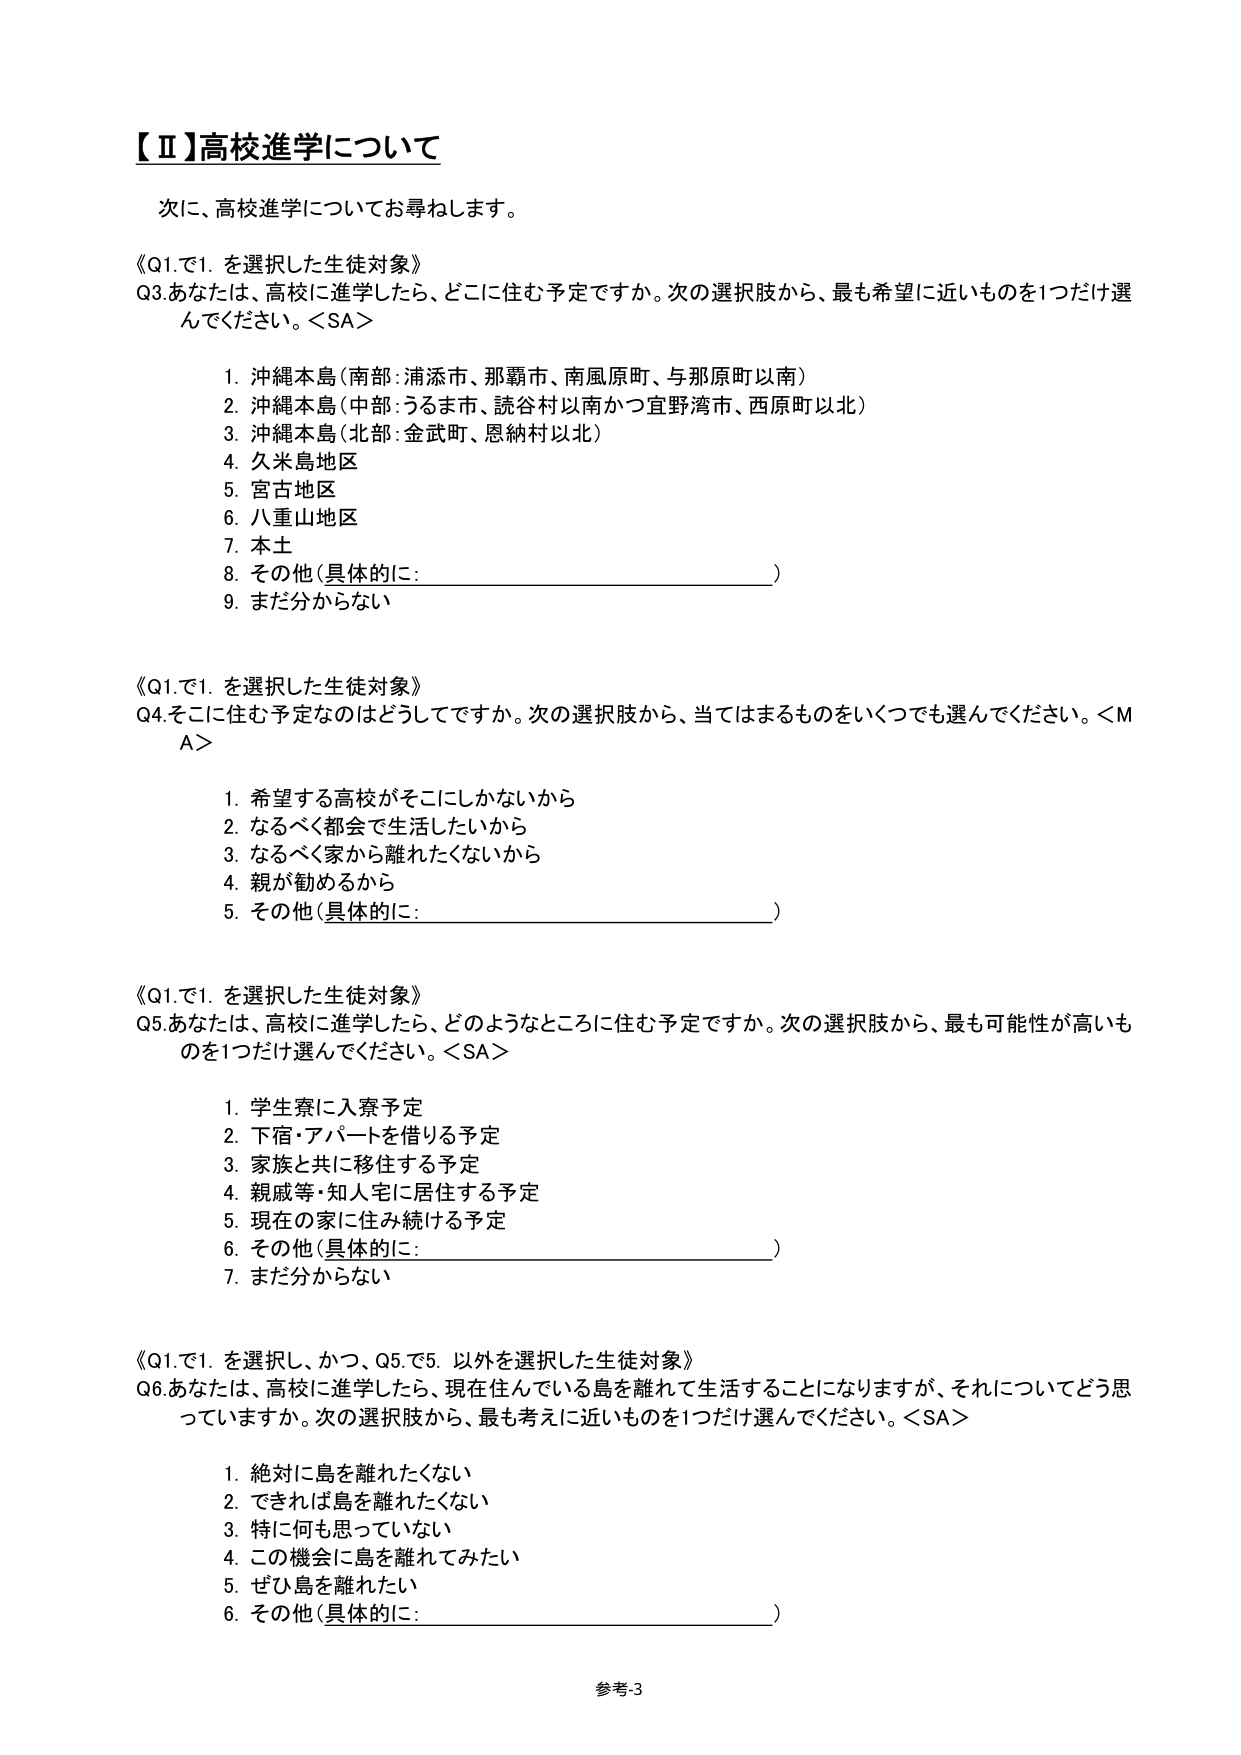
【Ⅱ】高校進学について

次に、高校進学についてお尋ねします。

《Q1.で1. を選択した生徒対象》
Q3.あなたは、高校に進学したら、どこに住む予定ですか。次の選択肢から、最も希望に近いものを1つだけ選んでください。＜SA＞

1. 沖縄本島（南部：浦添市、那覇市、南風原町、与那原町以南）
2. 沖縄本島（中部：うるま市、読谷村以南かつ宜野湾市、西原町以北）
3. 沖縄本島（北部：金武町、恩納村以北）
4. 久米島地区
5. 宮古地区
6. 八重山地区
7. 本土
8. その他（具体的に：________________________）
9. まだ分からない

《Q1.で1. を選択した生徒対象》
Q4.そこに住む予定のはどうしてですか。次の選択肢から、当てはまるものをいくつでも選んでください。＜MA＞

1. 希望する高校がそこにしかないから
2. なるべく都会で生活したいから
3. なるべく家から離れたくないから
4. 親が勧めるから
5. その他（具体的に：________________________）

《Q1.で1. を選択した生徒対象》
Q5.あなたは、高校に進学したら、どのようなところに住む予定ですか。次の選択肢から、最も可能性が高いものを1つだけ選んでください。＜SA＞

1. 学生寮に入寮予定
2. 下宿・アパートを借りる予定
3. 家族と共に移住する予定
4. 親戚等・知人宅に居住する予定
5. 現在の家に住み続ける予定
6. その他（具体的に：________________________）
7. まだ分からない

《Q1.で1. を選択し、かつ、Q5.で5. 以外を選択した生徒対象》
Q6.あなたは、高校に進学したら、現在住んでいる島を離れて生活することになりますが、それについてどう思っていますか。次の選択肢から、最も考えに近いものを1つだけ選んでください。＜SA＞

1. 絶対に島を離れたくない
2. できれば島を離れたくない
3. 特に何も思っていない
4. この機会に島を離れてみたい
5. ぜひ島を離れたい
6. その他（具体的に：________________________）

参考3